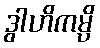
ဒွါဟိကမ္ပိ